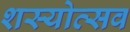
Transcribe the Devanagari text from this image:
शस्योत्सव